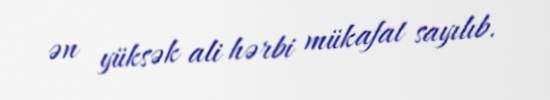
ən yüksək ali hərbi mükafat sayılıb.